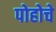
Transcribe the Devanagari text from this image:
पोहोचे